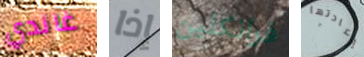
غاندي إذا فرانكلين إعادتها